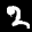
Label: 2